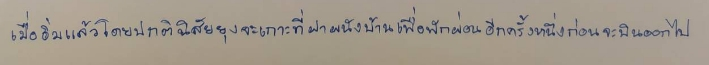
เมื่ออิ่มแล้วโดยปกตินิสัยยุงจะเกาะที่ฝาผนังบ้านเพื่อพักผ่อนอีกครั้งหนึ่งก่อนจะบินออกไป